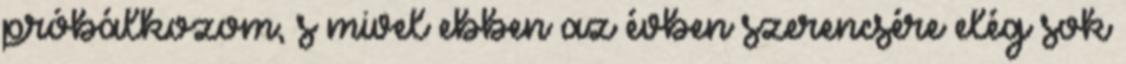
próbálkozom, s mivel ebben az évben szerencsére elég sok